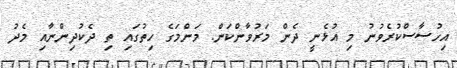
އިހުސާސްކުރެވުނު މި އުޅެނީ ދެން މަރުވާންކަން. މަންމަގެ ހިތުގައި ތި ދެކުދިންނާއި މެދު